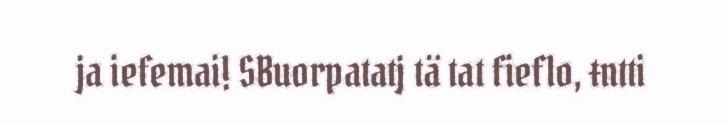
ja iefemai! SBuorpatatj tä tat fieflo, ŧntti